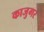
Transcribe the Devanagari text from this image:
काजुगर